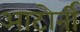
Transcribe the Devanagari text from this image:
आटोर्नी